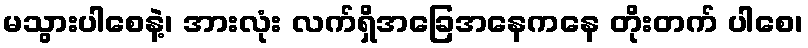
မသွားပါစေနဲ့၊ အားလုံး လက်ရှိအခြေအနေကနေ တိုးတက် ပါစေ၊